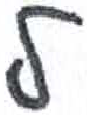
אות: ל